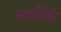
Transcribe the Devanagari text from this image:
तकनिकें